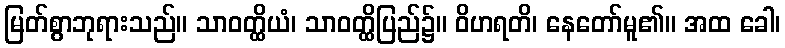
မြတ်စွာဘုရားသည်။ သာဝတ္ထိယံ၊ သာဝတ္ထိပြည်၌။ ဝိဟရတိ၊ နေတော်မူ၏။ အထ ခေါ၊